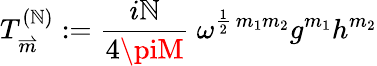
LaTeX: T_{\stackrel{\rightharpoonup}{m}}^{(\mathbb{N})}:=\frac{{i\mathbb{N}}}{{4\piM}}\ \omega^{\frac{{1}}{{2}}\, m_{1}m_{2}}g^{m_{1}}h^{m_{2}}